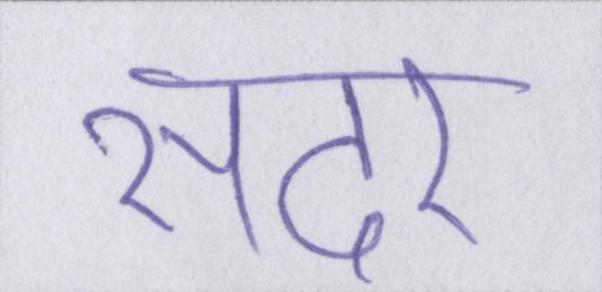
सदर